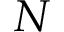
N